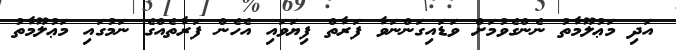
އަދި މަޢުލޫމާތު ނެންގެވުމަށް ވަޑައިގަންނަވާ ފަރާތް ފިޔަވައި އެހެން ފަރާތެއްގެ ނަމުގައި މަޢުލޫމާތު